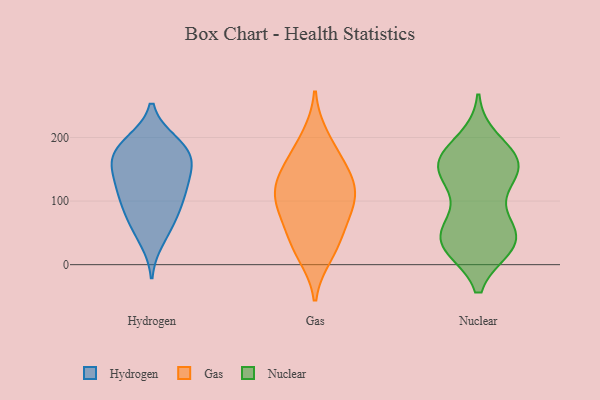
{"axis": {"x": "Energy Usage (MWh)", "y": "Value"}, "legend": ["Gas", "Hydrogen", "Nuclear"], "data": [{"x": "", "y": 111, "type": "Hydrogen"}, {"x": "", "y": 128, "type": "Hydrogen"}, {"x": "", "y": 183, "type": "Hydrogen"}, {"x": "", "y": 166, "type": "Hydrogen"}, {"x": "", "y": 165, "type": "Hydrogen"}, {"x": "", "y": 162, "type": "Hydrogen"}, {"x": "", "y": 157, "type": "Hydrogen"}, {"x": "", "y": 78, "type": "Hydrogen"}, {"x": "", "y": 193, "type": "Hydrogen"}, {"x": "", "y": 112, "type": "Hydrogen"}, {"x": "", "y": 126, "type": "Hydrogen"}, {"x": "", "y": 61, "type": "Hydrogen"}, {"x": "", "y": 39, "type": "Hydrogen"}, {"x": "", "y": 86, "type": "Hydrogen"}, {"x": "", "y": 193, "type": "Hydrogen"}, {"x": "", "y": 46, "type": "Gas"}, {"x": "", "y": 95, "type": "Gas"}, {"x": "", "y": 16, "type": "Gas"}, {"x": "", "y": 169, "type": "Gas"}, {"x": "", "y": 154, "type": "Gas"}, {"x": "", "y": 200, "type": "Gas"}, {"x": "", "y": 83, "type": "Gas"}, {"x": "", "y": 121, "type": "Gas"}, {"x": "", "y": 88, "type": "Gas"}, {"x": "", "y": 127, "type": "Gas"}, {"x": "", "y": 125, "type": "Gas"}, {"x": "", "y": 30, "type": "Gas"}, {"x": "", "y": 156, "type": "Nuclear"}, {"x": "", "y": 38, "type": "Nuclear"}, {"x": "", "y": 76, "type": "Nuclear"}, {"x": "", "y": 39, "type": "Nuclear"}, {"x": "", "y": 147, "type": "Nuclear"}, {"x": "", "y": 162, "type": "Nuclear"}, {"x": "", "y": 51, "type": "Nuclear"}, {"x": "", "y": 31, "type": "Nuclear"}, {"x": "", "y": 164, "type": "Nuclear"}, {"x": "", "y": 117, "type": "Nuclear"}, {"x": "", "y": 30, "type": "Nuclear"}, {"x": "", "y": 34, "type": "Nuclear"}, {"x": "", "y": 148, "type": "Nuclear"}, {"x": "", "y": 40, "type": "Nuclear"}, {"x": "", "y": 155, "type": "Nuclear"}, {"x": "", "y": 194, "type": "Nuclear"}, {"x": "", "y": 167, "type": "Nuclear"}]}